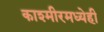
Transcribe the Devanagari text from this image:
काश्मीरमध्येही